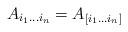
LaTeX: \begin{align*}A_{i_{1}\ldots i_{n}}=A_{[i_{1}\ldots i_{n}]}\end{align*}